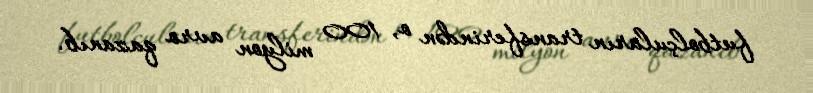
futbolçuların transferindən o, 100 milyon avro qazanıb.